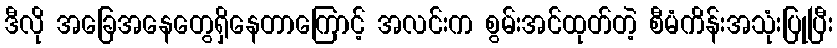
ဒီလို အခြေအနေတွေရှိနေတာကြောင့် အလင်းက စွမ်းအင်ထုတ်တဲ့ စီမံကိန်းအသုံးပြုပြီး